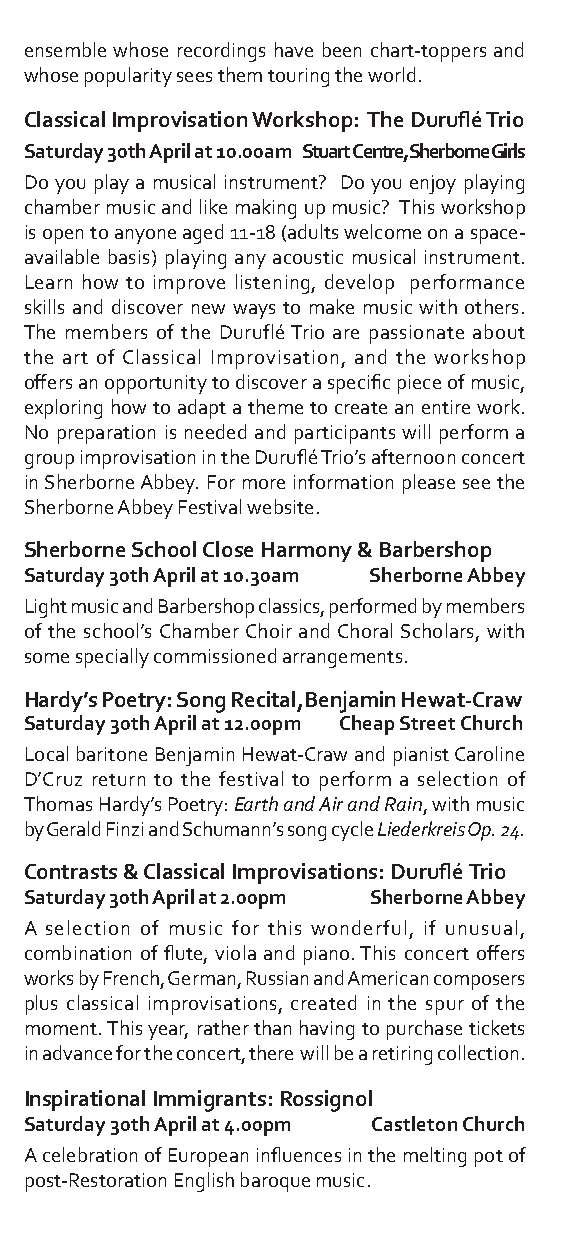
ensemble whose recordings have been chart-toppers and
 whose popularity sees them touring the world.
 Classical Improvisation Workshop: The Duruflé Trio
 Saturday 30th April at 10.00am Stuart Centre, Sherborne Girls
 Do you play a musical instrument? Do you enjoy playing
 chamber music and like making up music? This workshop
 is open to anyone aged 11-18 (adults welcome on a space-
 available basis) playing any acoustic musical instrument.
 Learn how to improve listening, develop performance
 skills and discover new ways to make music with others.
 The members of the Duruflé Trio are passionate about
 the art of Classical Improvisation, and the workshop
 offers an opportunity to discover a specific piece of music,
 exploring how to adapt a theme to create an entire work.
 No preparation is needed and participants will perform a
 group improvisation in the Duruflé Trio’s afternoon concert
 in Sherborne Abbey. For more information please see the
 Sherborne Abbey Festival website.
 Sherborne School Close Harmony & Barbershop
 Saturday 30th April at 10.30am Sherborne Abbey
 Light music and Barbershop classics, performed by members
 of the school’s Chamber Choir and Choral Scholars, with
 some specially commissioned arrangements.
 Hardy’s Poetry: Song Recital,Benjamin Hewat-Craw
 Saturday 30th April at 12.00pm Cheap Street Church
 Local baritone Benjamin Hewat-Craw and pianist Caroline
 D’Cruz return to the festival to perform a selection of
 Thomas Hardy’s Poetry: Earth and Air and Rain, with music
 by Gerald Finzi and Schumann’s song cycle Liederkreis Op. 24.
 Contrasts & Classical Improvisations: Duruflé Trio
 Saturday 30th April at 2.00pm Sherborne Abbey
 A selection of music for this wonderful, if unusual,
 combination of flute, viola and piano. This concert offers
 works by French, German, Russian and American composers
 plus classical improvisations, created in the spur of the
 moment. This year, rather than having to purchase tickets
 in advance for the concert, there will be a retiring collection.
 Inspirational Immigrants: Rossignol
 Saturday 30th April at 4.00pm Castleton Church
 A celebration of European influences in the melting pot of
 post-Restoration English baroque music.